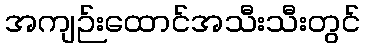
အကျဉ်းထောင်အသီးသီးတွင်